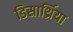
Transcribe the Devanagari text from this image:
डिसार्थ्रिया